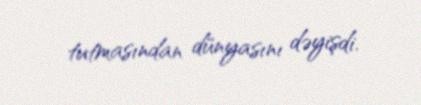
tutmasından dünyasını dəyişdi.